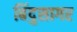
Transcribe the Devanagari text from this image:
बिंदुसागर